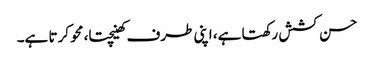
حسن کشش رکھتا ہے، اپنی طرف کھینچتا، محو کرتا ہے۔